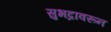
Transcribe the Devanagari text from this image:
सुभद्रावरून